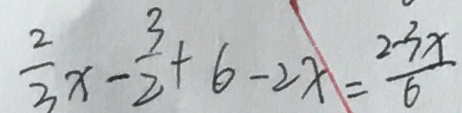
\frac { 2 } { 3 } x - \frac { 3 } { 2 } + 6 - 2 x = \frac { 2 - 3 x } { 6 }